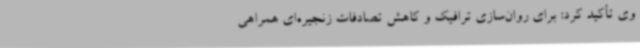
وی تأکید کرد: برای روان‌سازی ترافیک و کاهش تصادفات زنجیره‌ای همراهی